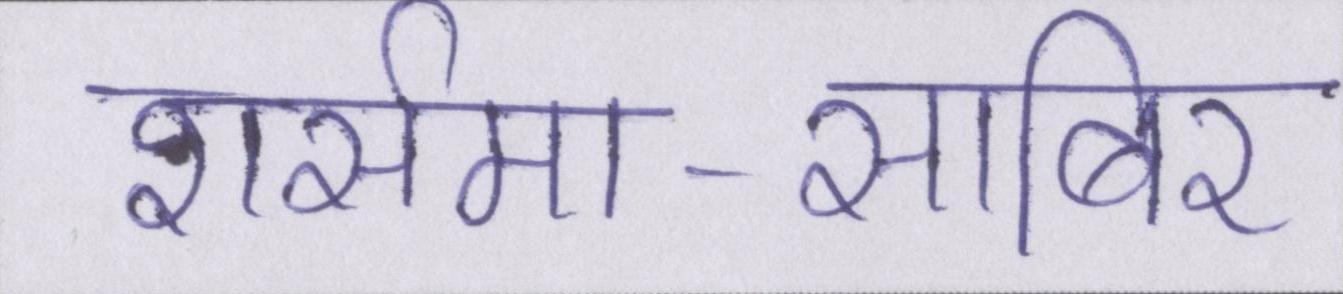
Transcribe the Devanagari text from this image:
शर्समा-साबिर